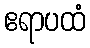
ဧရာပထံ